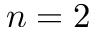
n = 2